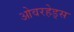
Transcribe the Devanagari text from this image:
ओवरहेड्स